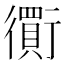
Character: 𧘃